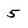
Character: 5